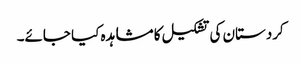
کردستان کی تشکیل کا مشاہدہ کیا جائے۔